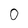
Character: 0